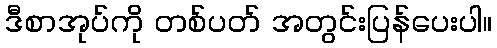
ဒီစာအုပ်ကို တစ်ပတ် အတွင်းပြန်ပေးပါ။